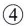
④